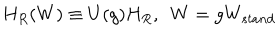
H _ { R } ( W ) \equiv U ( g ) H _ { R } , \, \, \, W = g W _ { s t a n d }